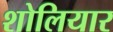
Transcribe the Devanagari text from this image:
शोलियार